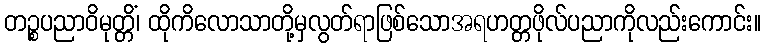
တဉ္စပညာဝိမုတ္တိံ၊ ထိုကိလောသာတို့မှလွတ်ရာဖြစ်သောအရဟတ္တဖိုလ်ပညာကိုလည်းကောင်း။